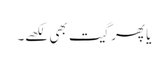
یا پھر گیت بھی لکھے۔